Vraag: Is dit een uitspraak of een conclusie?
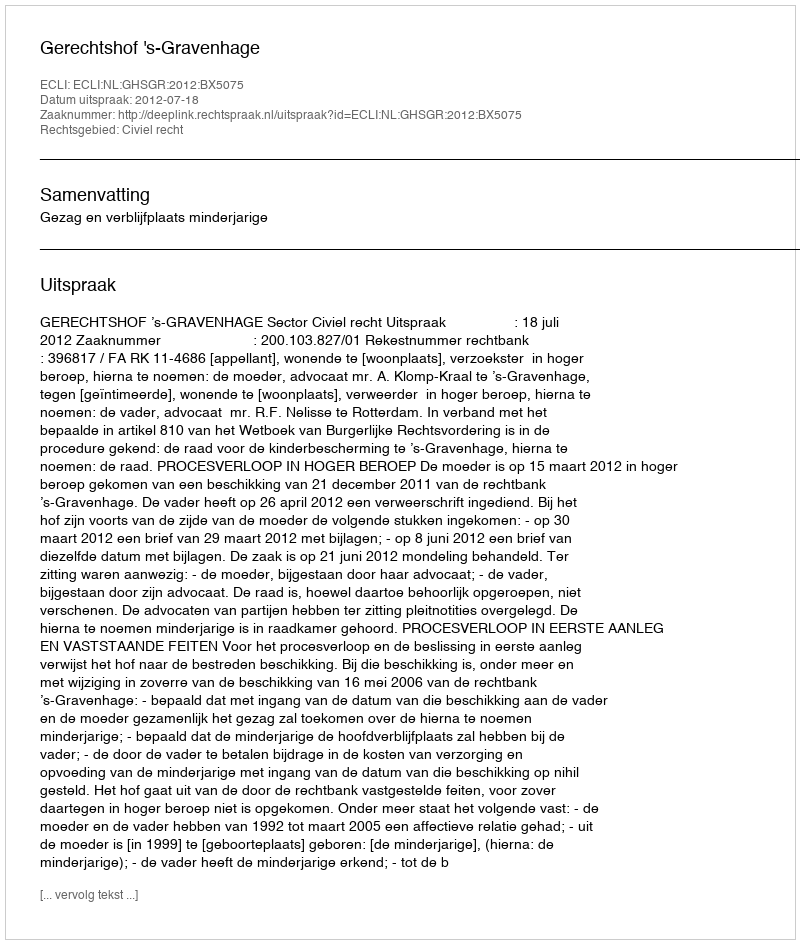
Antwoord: Uitspraak